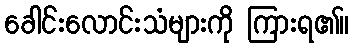
ခေါင်းလောင်းသံများကို ကြားရ၏။